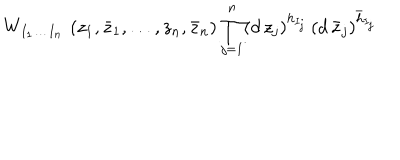
W _ { I _ { 1 } \ldots I _ { n } } \, \left( z _ { 1 } , \bar { z } _ { 1 } , \ldots , z _ { n } , \bar { z } _ { n } \right) \prod _ { j = 1 } ^ { n } ( d \, z _ { j } ) ^ { h _ { I _ { j } } } \, ( d \, \bar { z } _ { j } ) ^ { \bar { h } _ { I _ { j } } }